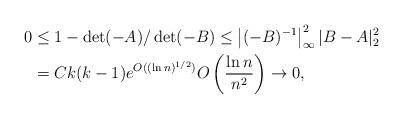
LaTeX: \begin{align*}0&\leq 1-\det ( -A)/\det ( -B)\leq\left|( -B)^{-1}\right|_{\infty}^2|B -A|_2^2\\&=Ck(k-1)e^{O((\ln n)^{1/2})}O\left(\frac{\ln n}{n^2}\right)\to 0,\end{align*}